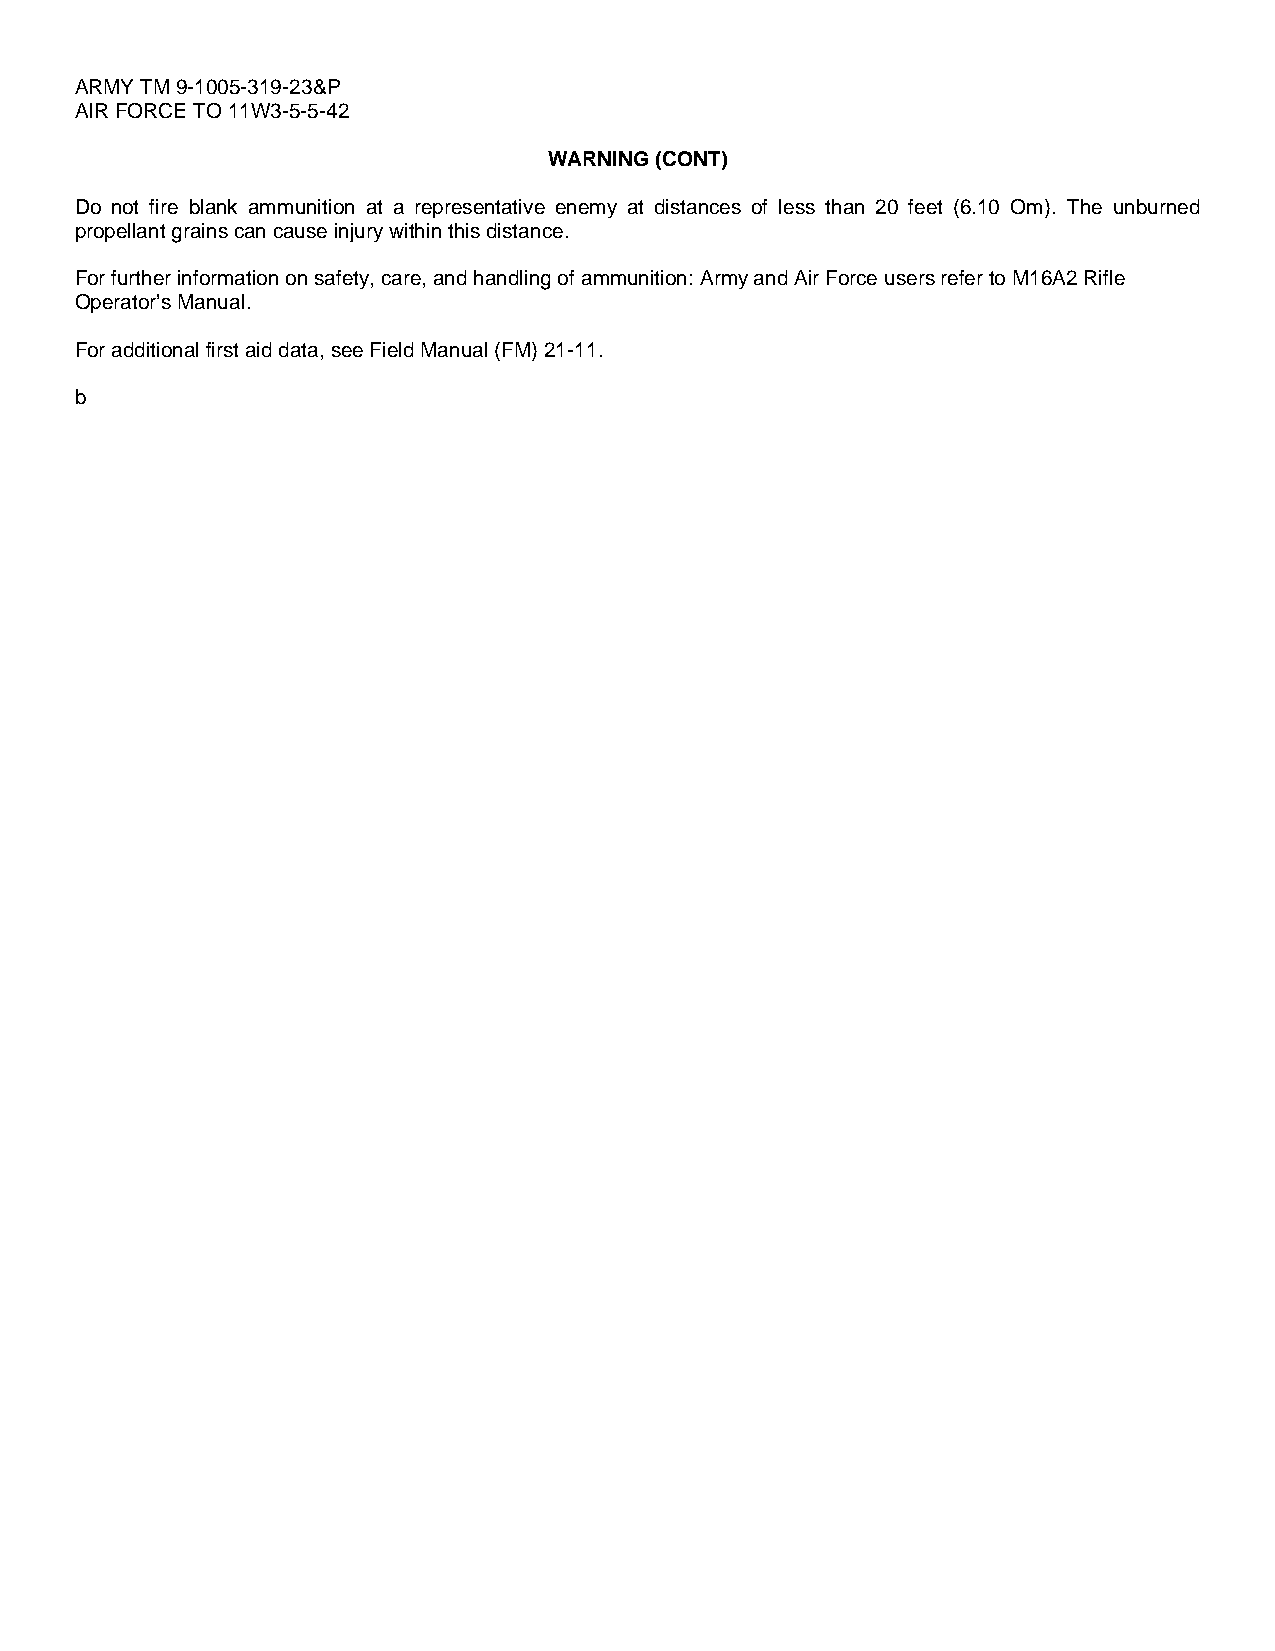
ARMY TM 9-1005-319-23&P
 AIR FORCE TO 11W3-5-5-42
 WARNING (CONT)
 Do not fire blank ammunition at a representative enemy at distances of less than 20 feet (6.10 Om). The unburned
 propellant grains can cause injury within this distance.
 For further information on safety, care, and handling of ammunition: Army and Air Force users refer to M16A2 Rifle
 Operator’s Manual.
 For additional first aid data, see Field Manual (FM) 21-11.
 b